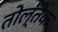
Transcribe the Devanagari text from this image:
तोल्तेक